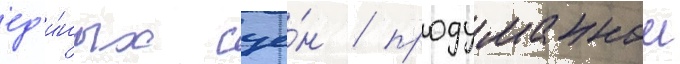
ед'и́ных сце́н / продуманнои